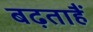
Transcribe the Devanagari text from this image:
बढ़ताहैं